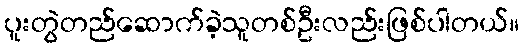
ပူးတွဲတည်ဆောက်ခဲ့သူတစ်ဦးလည်းဖြစ်ပါတယ်။